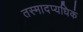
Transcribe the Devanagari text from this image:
तस्मादप्यधिकं